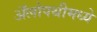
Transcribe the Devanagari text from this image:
अॅलोपथीमध्ये